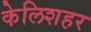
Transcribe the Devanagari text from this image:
केलिशहर